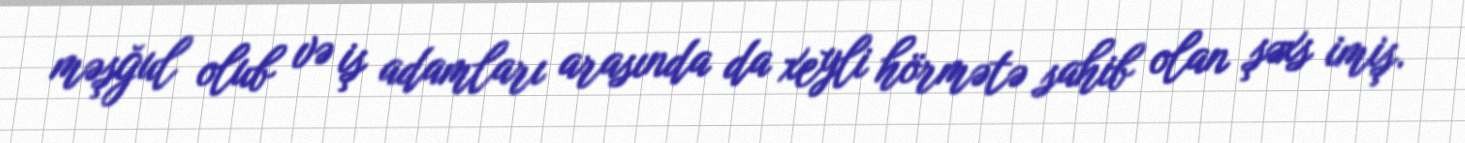
məşğul olub və iş adamları arasında da xeyli hörmətə sahib olan şəxs imiş.